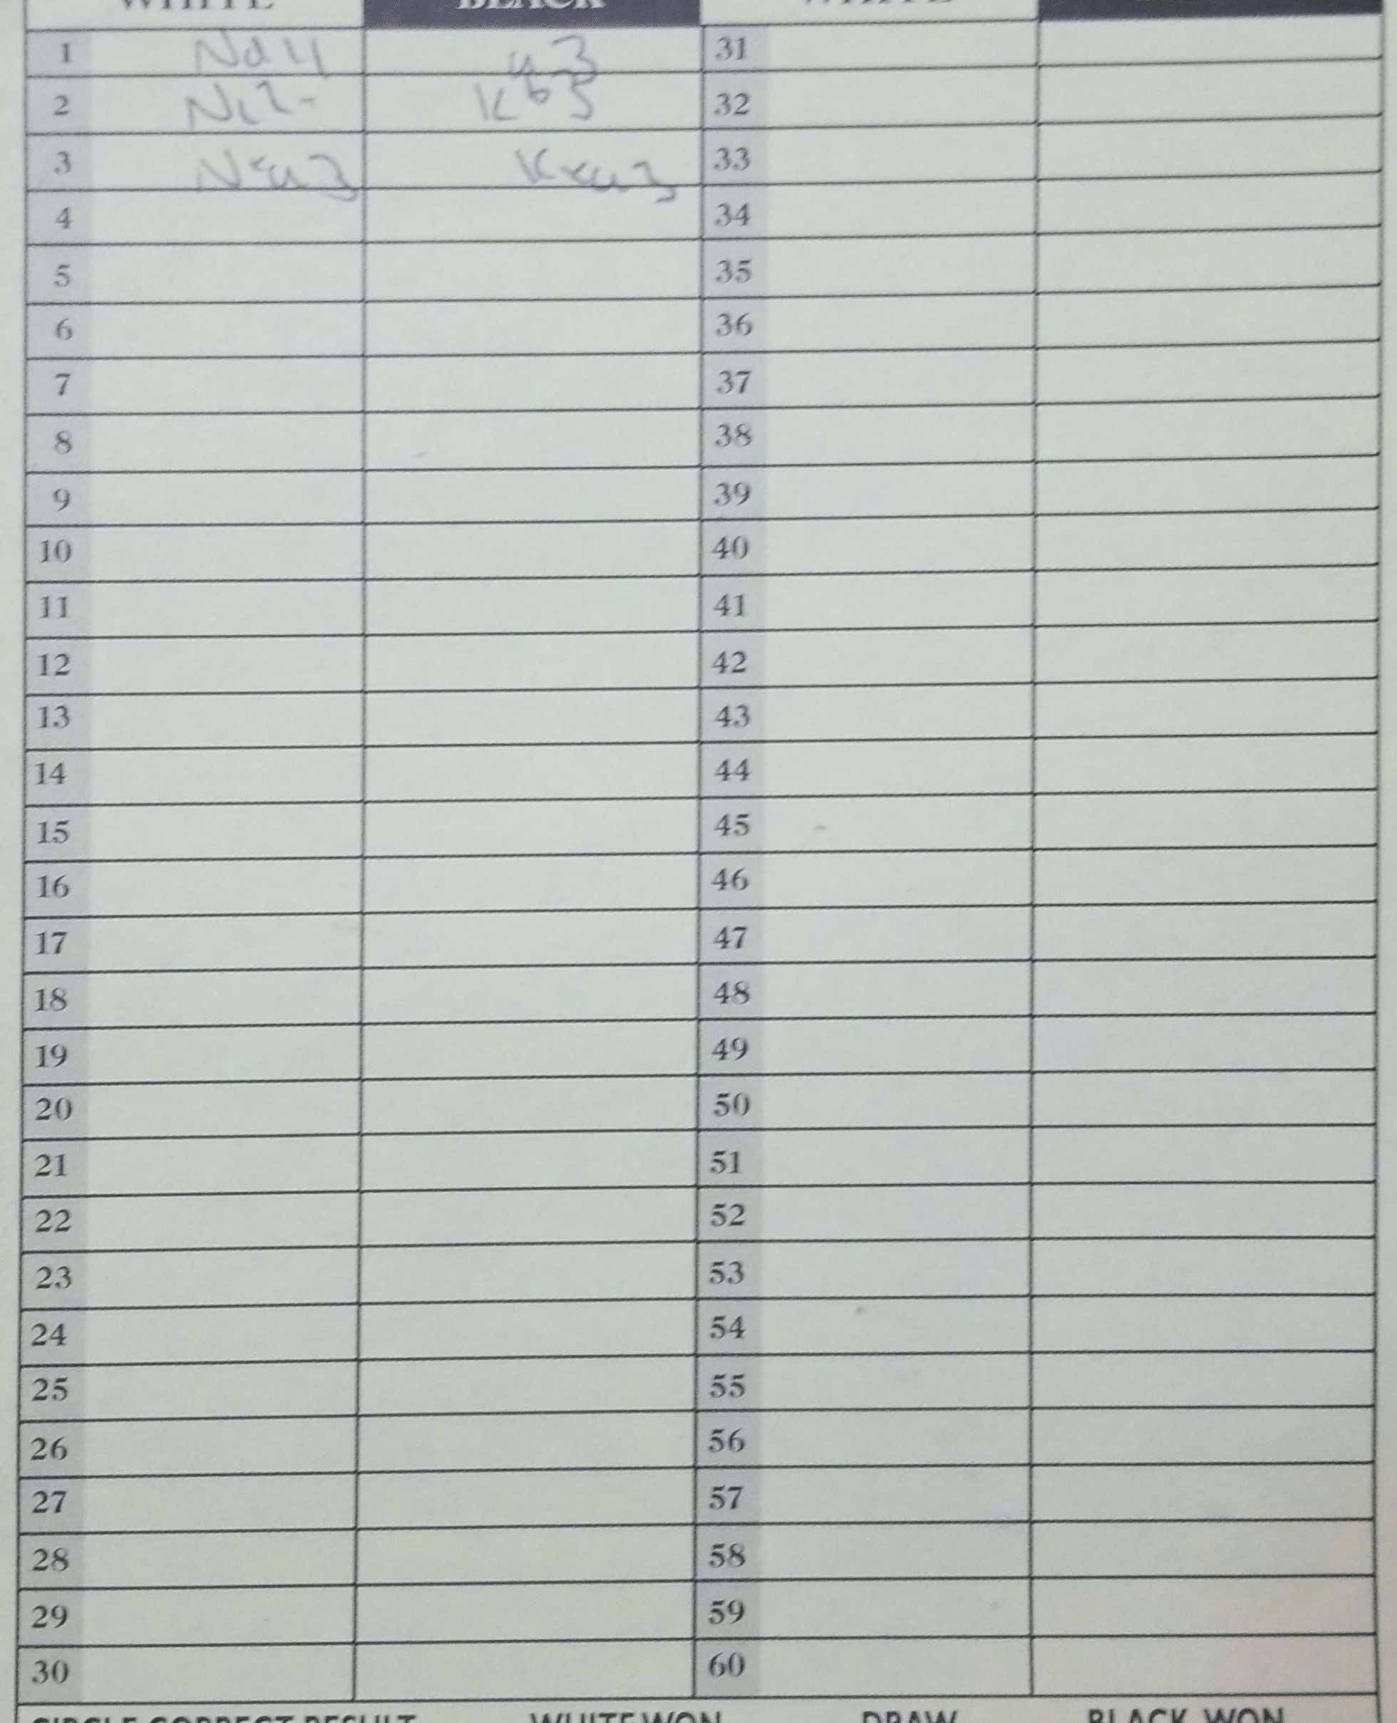
Moves: Nd4 a3 Nc2+ Kb5 Nxa3 Kxa3